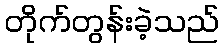
တိုက်တွန်းခဲ့သည်